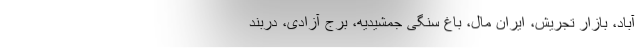
آباد، بازار تجریش، ایران مال، باغ سنگی جمشیدیه، برج آزادی، دربند